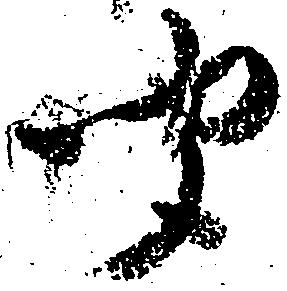
聞